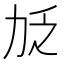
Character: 𫦧